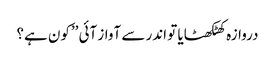
دروازہ کھٹکھٹایا تو اندر سے آواز آئی ’’کون ہے؟